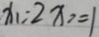
x _ { 1 } = 2 x _ { 7 } = 1